Scottish Leaving Certificate Examination, 1957
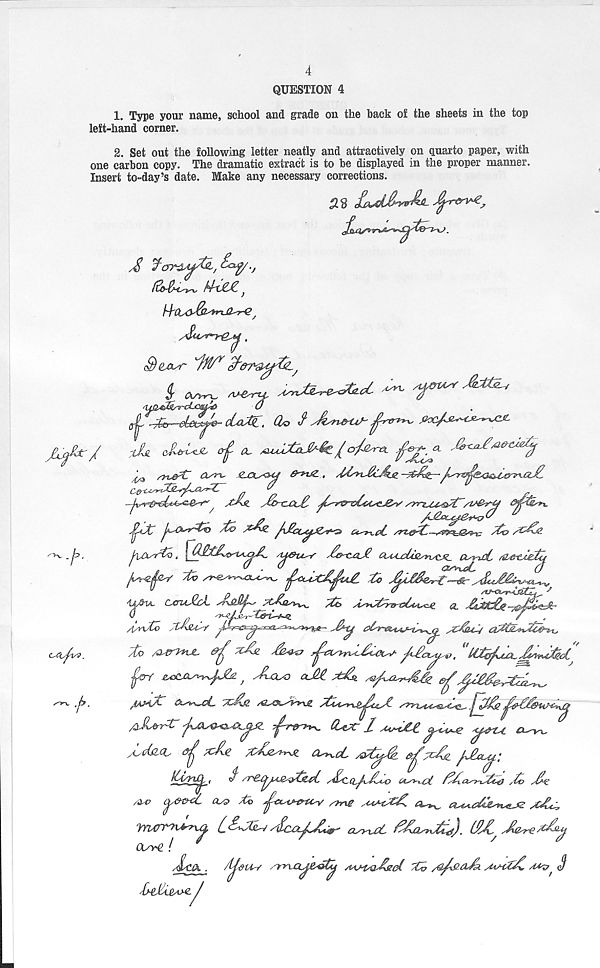
4
QUESTION 4
1. Type your name, school and grade on the back o£ the sheets in the top
left-hand corner.
2. Set out the following letter neatly and attractively on quarto paper, with
one carbon copy. The dramatic extract is to be displayed in the proper manner.
Insert to-day’s date. Make any necessary corrections.
.A/*-/
--T-V ■h
tA
A
1:dMg:. Oo t
of A- MJXhJ-ee/o/Ln
^ s}-iJ5^C as™- jzjxs<m4
^Yt^s^^nrLaJL
^ JA\il y^S>-CXX^ ^^r@-®£c4s£,J&v'
^"'Sg'^iu
y^AW-*^© /£o
Ci^-yeL
xZc:* A£^C.<f?
jvdurti,
/L^Oic^r
OuAu^is^^j^ putnuot /H&txetci
~3o
to JLl£$<w£
rVL CXTIA-Jcct tLitlts
(J .
/
.
/{/\xto XAsaA/
sZttuS/
Ay
/^v
to
AL^xS, yjl-&£j y^^y^riy-ttAkW-
, £t£g^j%^ ^y$n4t£<t
Jfr
^ Aox; aj£
,iAMyt O^yt^cL
/gyf&tfng
/iJvA'r-'*' ^%AkyQAXAX.^!,JZ_
Qy&C t Aut&t.
'ijPAtA,
d&Q^
/d\e xJ!jZy*T~Jl OyryoL
TCaCi ^JZazm.'.
ti/yiCj,,
O'' /T^&P^y^gtkAt /&C.Q_t^-y / 0 6iyy\-c£ tt\ay->-Ltf~0 y to the
O^cC cu? to ^X^ewv sme
a^_ OAApttyn^JZ yCt-c^
yncmxi^a C^M^/ yioct^A^ a^yut tf&wvJhs). IIUL^
OUY^l !
*
y
JLctX ,
hjdtA-/ yyy\.CL^&^i^ A-^H'Q-tssad tt /$^&aJk AiMtth aaa?^ Jl
t{l£i£A>£^